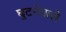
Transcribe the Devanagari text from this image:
घुटनेवाले